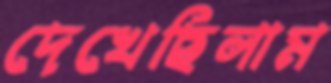
দেখেছিলাম